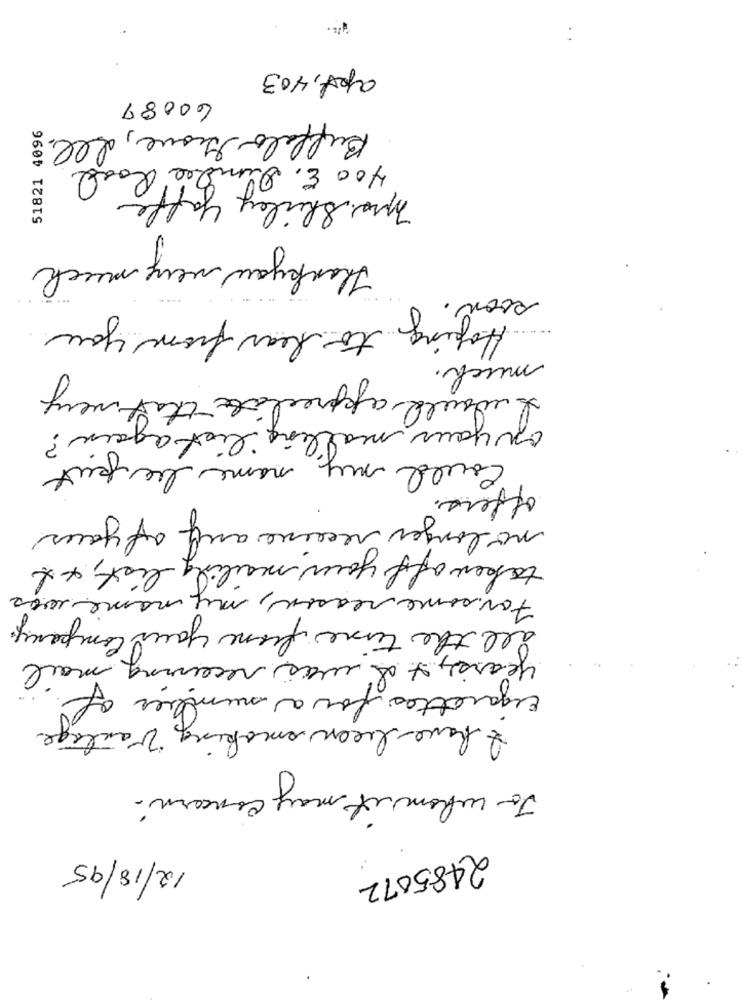
apt, 403
60087
51821 4096
Buffalo Grove, Ill.
400 E. Dundee Road
Mrs. Shirley yaffo
Thankyou very much
soon.
Hoping to hear from you
....
much.
I would appreciate that
of your mailing list again?
Could my name be peut
offers.
no longer receive any of your
taken off your mailing list, xt
Forsome reason, my name was
all the time from your company.
yearss & & was receiving mail
cigarettes for a number of.
I have been smoking Vantage
To whom it may concern.
12/18/95
2485072